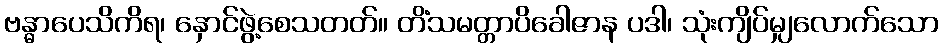
ဗန္ဓာပေသိကိရ၊ နှောင်ဖွဲ့စေသတတ်။ တိံသမတ္တာပိခေါဇာန ပဒါ၊ သုံးကျိပ်မျှလောက်သော